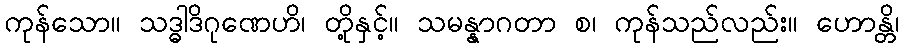
ကုန်သော။ သဒ္ဓါဒိဂုဏေဟိ၊ တို့နှင့်။ သမန္နာဂတာ စ၊ ကုန်သည်လည်း။ ဟောန္တိ၊